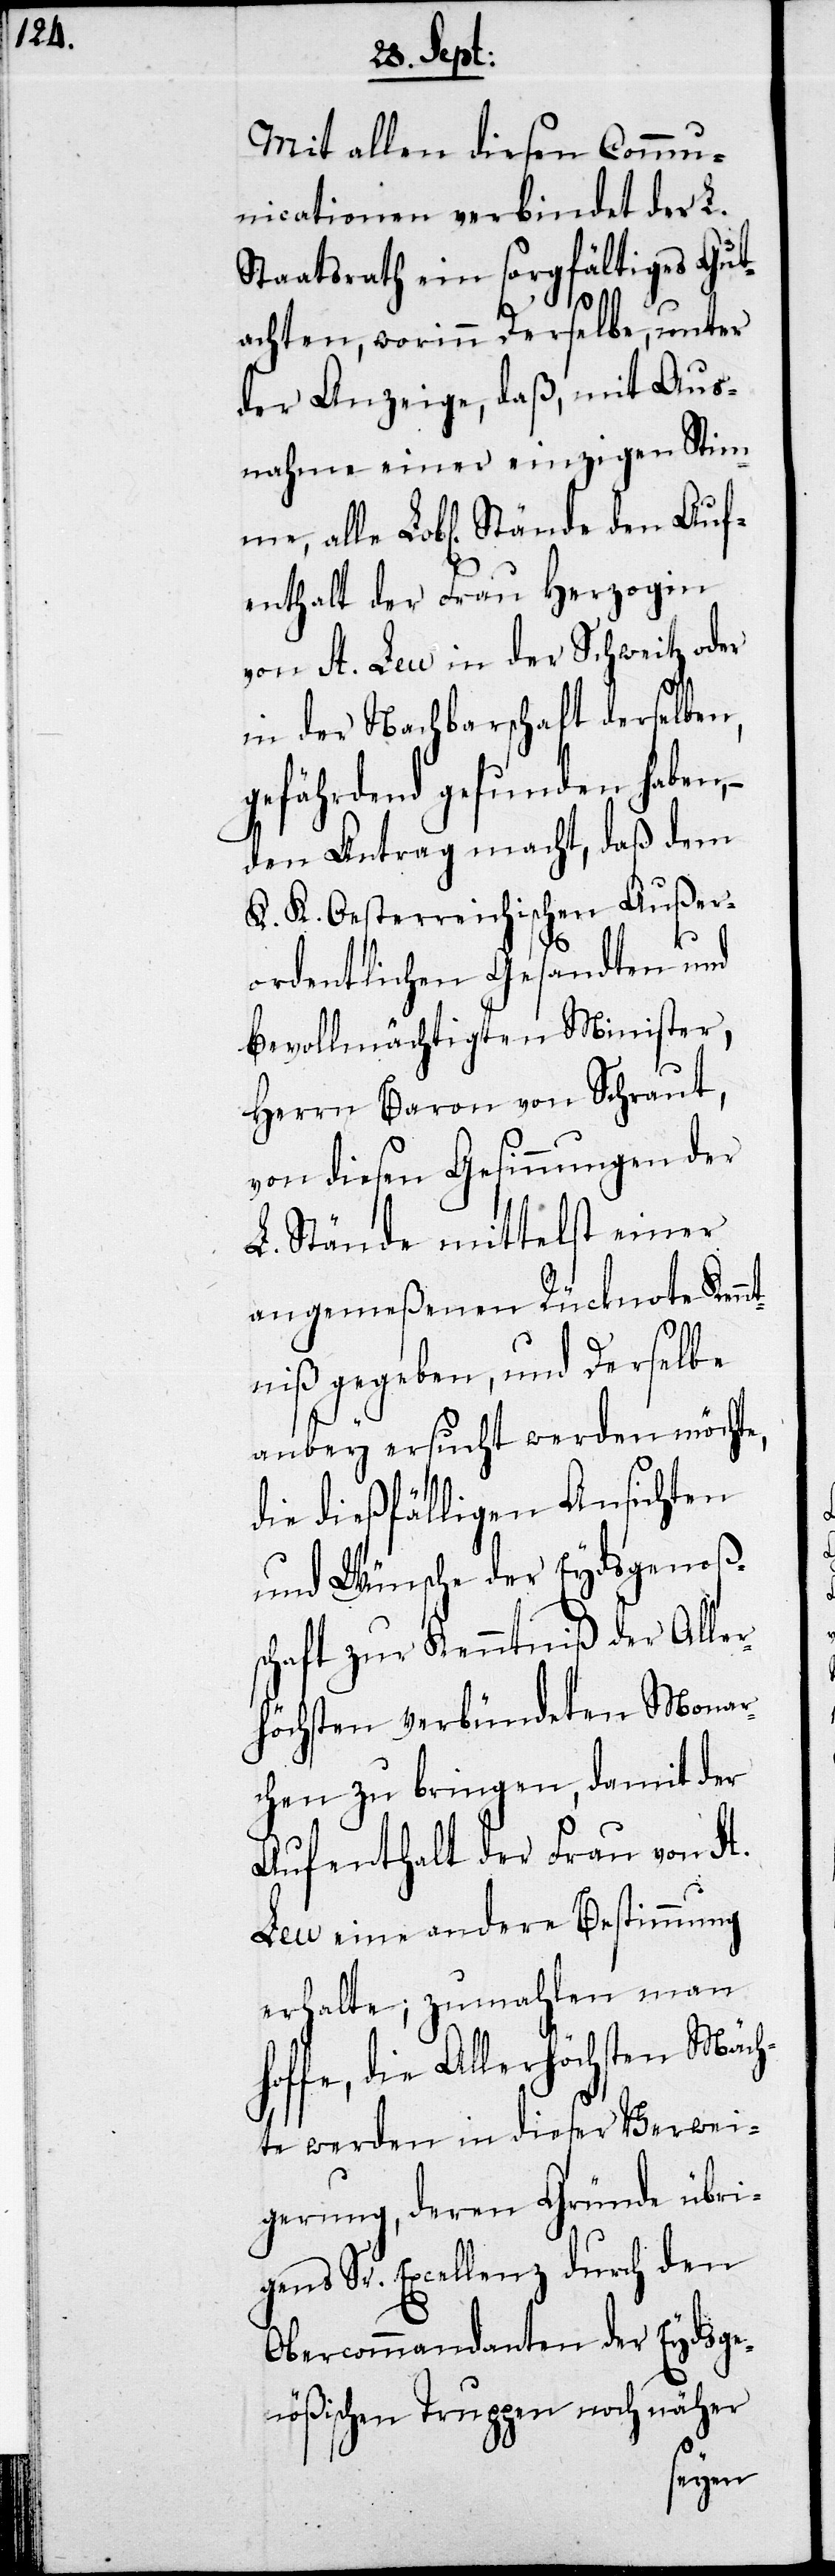
Mit allen diesen Commu¬
nicationen verbindet der L.
Staatsrath ein sorgfältiges Gut¬
achten, worinn derselbe, unter
der Anzeige, daß, mit Aus¬
nahme einer einzigen Stim¬
me, alle Lobl. Stände den Auf¬
enthalt der Frau Herzogin
von St. Leu in der Schweitz oder
in der Nachbarschaft derselben
gefährdend gefunden haben, –
den Antrag macht, daß dem
K. K. Oesterreichischen Außer¬
ordentlichen Gesandten und
bevollmächtigten Minister,
Herr Baron von Schraut,
von diesen Gesinnungen der
L. Stände mittelst einer
angemeßenen Rücknote Kenn¬
tniß gegeben, und Derselbe
anbey ersucht werden möchte,
die dießfälligen Ansichten
und Wünsche der Eydsgenoß¬
schaft zur Kenntniß der Aller¬
höchsten verbündeten Monar¬
chen zu bringen, damit der
Aufenthalt der Frau von St.
Leu eine andere Bestimmung
erhalte; zumahlen man h¬
offe, die Allerhöchsten Mäch¬
te werden in dieser Verwei¬
gerung, deren Gründe übri¬
gens Sr. Excellenz durch den
Obercommandanten der Eydsge¬
nößischen Truppen noch näher
en¬